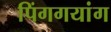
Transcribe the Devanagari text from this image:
पिंगगयांग